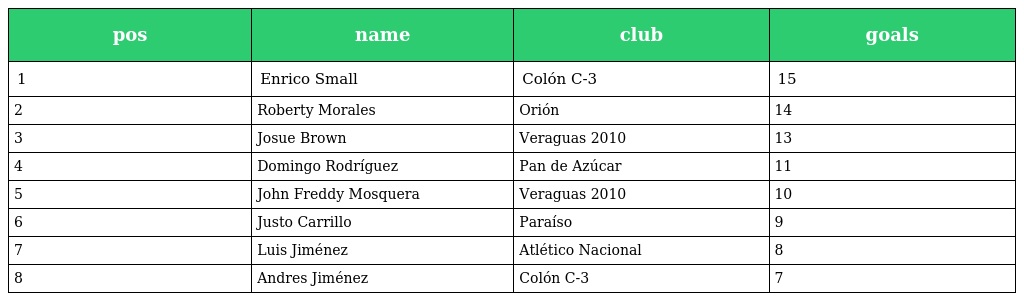
| pos | name | club | goals |
 | --- | --- | --- | --- |
 | 1 | Enrico Small | Colón C-3 | 15 |
 | 2 | Roberty Morales | Orión | 14 |
 | 3 | Josue Brown | Veraguas 2010 | 13 |
 | 4 | Domingo Rodríguez | Pan de Azúcar | 11 |
 | 5 | John Freddy Mosquera | Veraguas 2010 | 10 |
 | 6 | Justo Carrillo | Paraíso | 9 |
 | 7 | Luis Jiménez | Atlético Nacional | 8 |
 | 8 | Andres Jiménez | Colón C-3 | 7 |